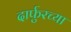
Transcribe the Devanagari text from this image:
दार्फुरच्या